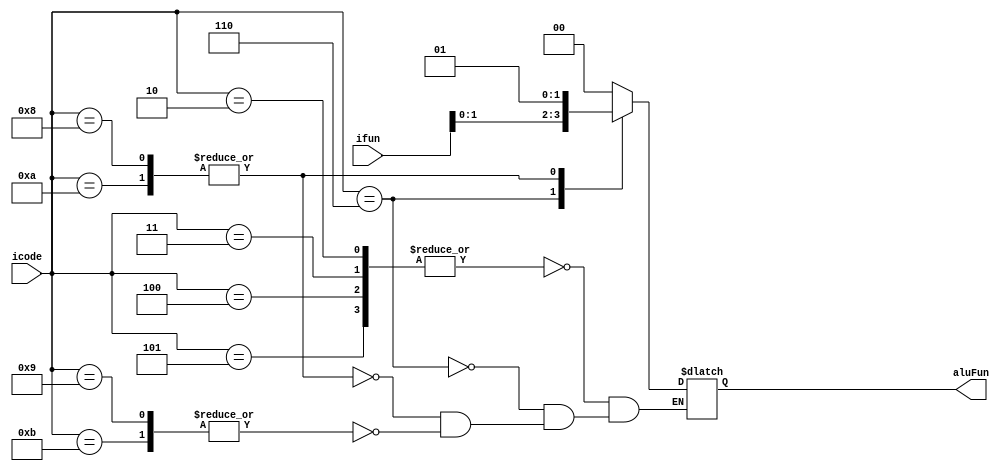
module ALU_fun (
    input [3:0] icode,
    input [3:0] ifun,
    output reg [1:0] aluFun
);
    always @(*) begin
        case (icode)
            // rrmovq, irmovq, rmmovq, mrmovq
            4'h2, 4'h3, 4'h4, 4'h5: aluFun = 2'b00;
            // ops
            4'h6: aluFun = ifun;
            // call, pushq (rRsp - 8)
            4'h8, 4'hA: aluFun = 2'b01;
            // ret, popq (rRsp) + 8
            4'h9, 4'hB: aluFun = 2'b00;
            default: aluFun = aluFun;
        endcase
    end
endmodule